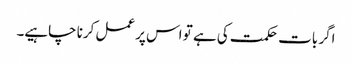
اگر بات حکمت کی ہے تو اس پر عمل کرنا چاہیے۔